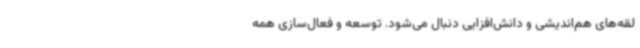
لقه‌های هم‌اندیشی و دانش‌افزایی دنبال می‌شود. توسعه و فعال‌سازی همه